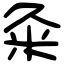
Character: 粂